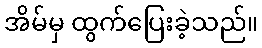
အိမ်မှ ထွက်ပြေးခဲ့သည်။